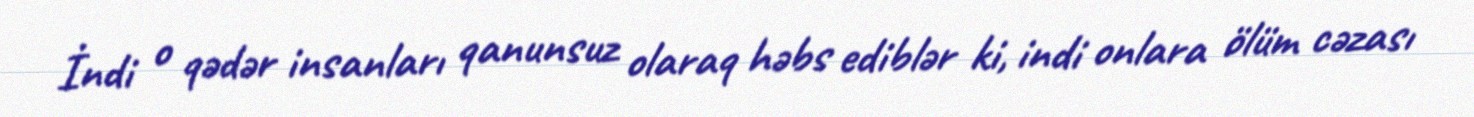
İndi o qədər insanları qanunsuz olaraq həbs ediblər ki, indi onlara ölüm cəzası